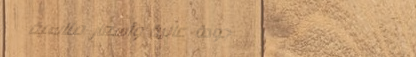
جودة عالية وأسعار مناسبة